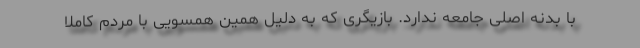
با بدنه اصلی جامعه ندارد. بازیگری که به دلیل همین همسویی با مردم کاملا